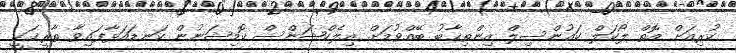
ކުރިއަށް އޮތް ލޯކަލް ކައުންސިލް އިންތިޚާބު ބޭއްވުމަށް އިލެކްޝަންސް ކޮމިޝަނުން ކަނޑައަޅާފައިވާ ތާރީޚަކީ